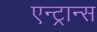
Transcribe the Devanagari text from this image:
एन्ट्रान्स